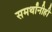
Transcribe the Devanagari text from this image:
समर्थांनीही